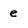
Character: e